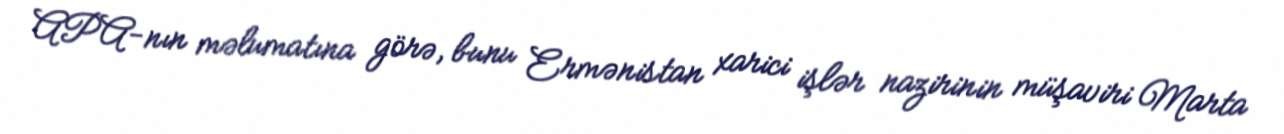
APA-nın məlumatına görə, bunu Ermənistan xarici işlər nazirinin müşaviri Marta